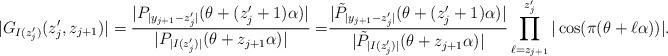
LaTeX: \begin{align*}|G_{I(z_j')}(z_j', z_{j+1})|=\frac{|P_{|y_{j+1}-z_j'|}(\theta+(z_j'+1)\alpha)|}{|P_{|I(z_j')|}(\theta+z_{j+1}\alpha)|}=&\frac{|\tilde{P}_{|y_{j+1}-z_j'|}(\theta+(z_j'+1)\alpha)|}{|\tilde{P}_{|I(z_j')|}(\theta+z_{j+1}\alpha)|} \prod_{\ell=z_{j+1}}^{z_j'}|\cos(\pi(\theta+\ell\alpha))|.\end{align*}